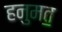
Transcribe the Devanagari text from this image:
हनुमत॒